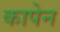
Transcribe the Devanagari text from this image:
कापेन